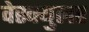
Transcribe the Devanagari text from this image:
वेस्क्युलर